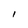
Character: 1